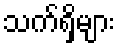
သက်ရှိများ